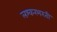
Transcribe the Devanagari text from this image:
लश्करभरती